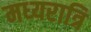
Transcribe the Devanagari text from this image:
मध्‍यरात्रि